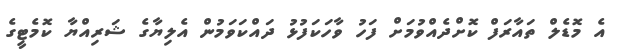
އެ މޮޑެލް ތައާރަފް ކޮށްދެއްވުމަށް ފަހު ވާހަކަފުޅު ދައްކަވަމުން އެލިޔާގެ ޝަރިއްޔާ ކޮމެޓީގެ